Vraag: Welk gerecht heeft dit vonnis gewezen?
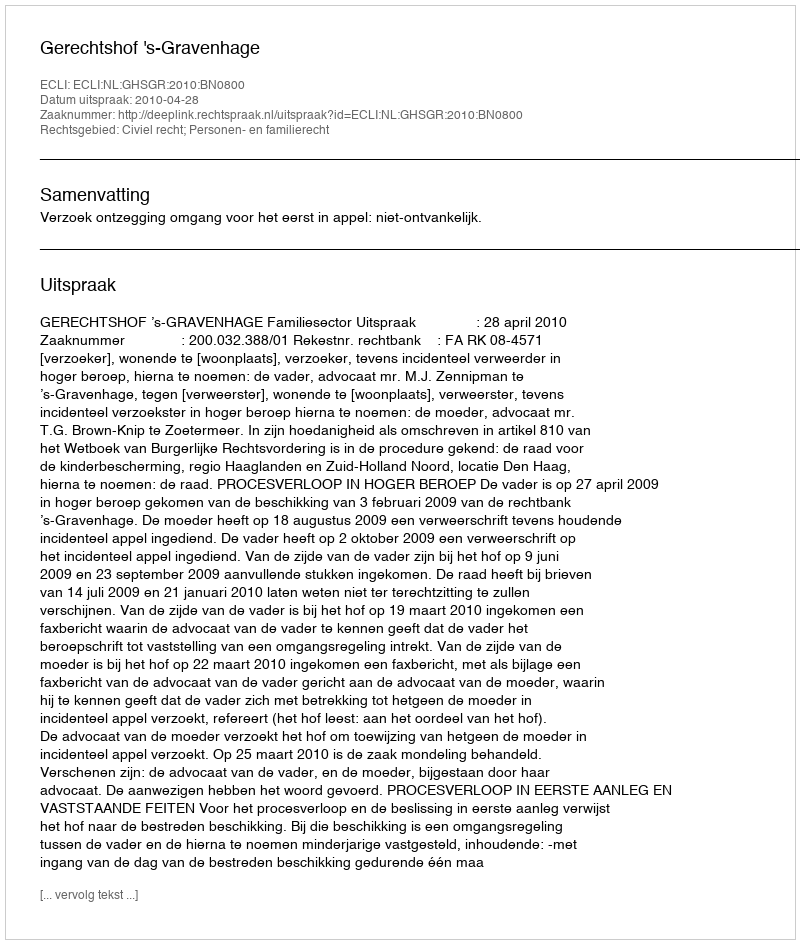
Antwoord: Gerechtshof 's-Gravenhage